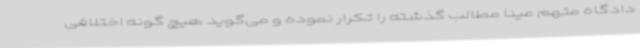
دادگاه متهم عینا مطالب گذشته را تکرار نموده و می‌گوید هیچ گونه اختلافی